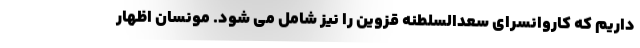
داریم که کاروانسرای سعدالسلطنه قزوین را نیز شامل می شود. مونسان اظهار